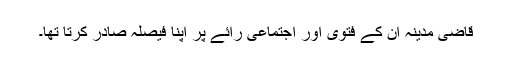
قاضی مدینہ ان کے فتویٰ اور اجتماعی رائے پر اپنا فیصلہ صادر کرتا تھا۔